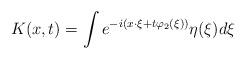
LaTeX: \begin{align*}K(x,t) = \int e^{-i(x\cdot \xi+t \varphi_2(\xi))} \eta(\xi) d \xi\end{align*}